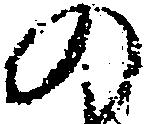
の